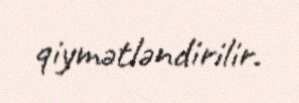
qiymətləndirilir.